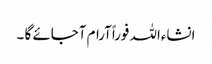
انشاءاللہ فوراًآرام آجائے گا ۔